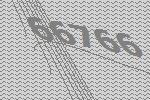
66766